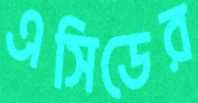
এসিডের